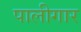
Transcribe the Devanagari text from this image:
पालीगार